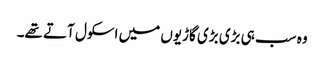
وہ سب ہی بڑی بڑی گاڑیوں میں اسکول آتے تھے۔